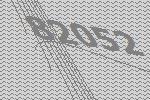
82052